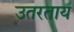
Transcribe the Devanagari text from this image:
उतरताय